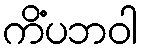
ကိံပဘဝါ